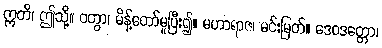
ဣတိ၊ ဤသို့။ ဝတွာ၊ မိန့်တော်မူပြီး၍။ မဟာရာဇ၊ မင်းမြတ်။ ဒေဝဒတ္တော၊